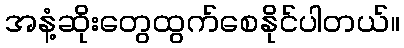
အနံ့ဆိုးတွေထွက်စေနိုင်ပါတယ်။